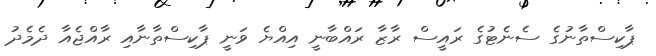
ޕާކިސްތާނުގެ ސެނެޓުގެ ރައީސް ރާޒާ ރައްބާނީ އިއްޔެ ވަނީ ޕާކިސްތާނާއި ރާއްޖެއާ ދެމެދު